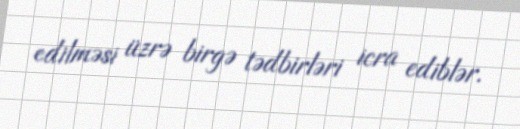
edilməsi üzrə birgə tədbirləri icra ediblər.